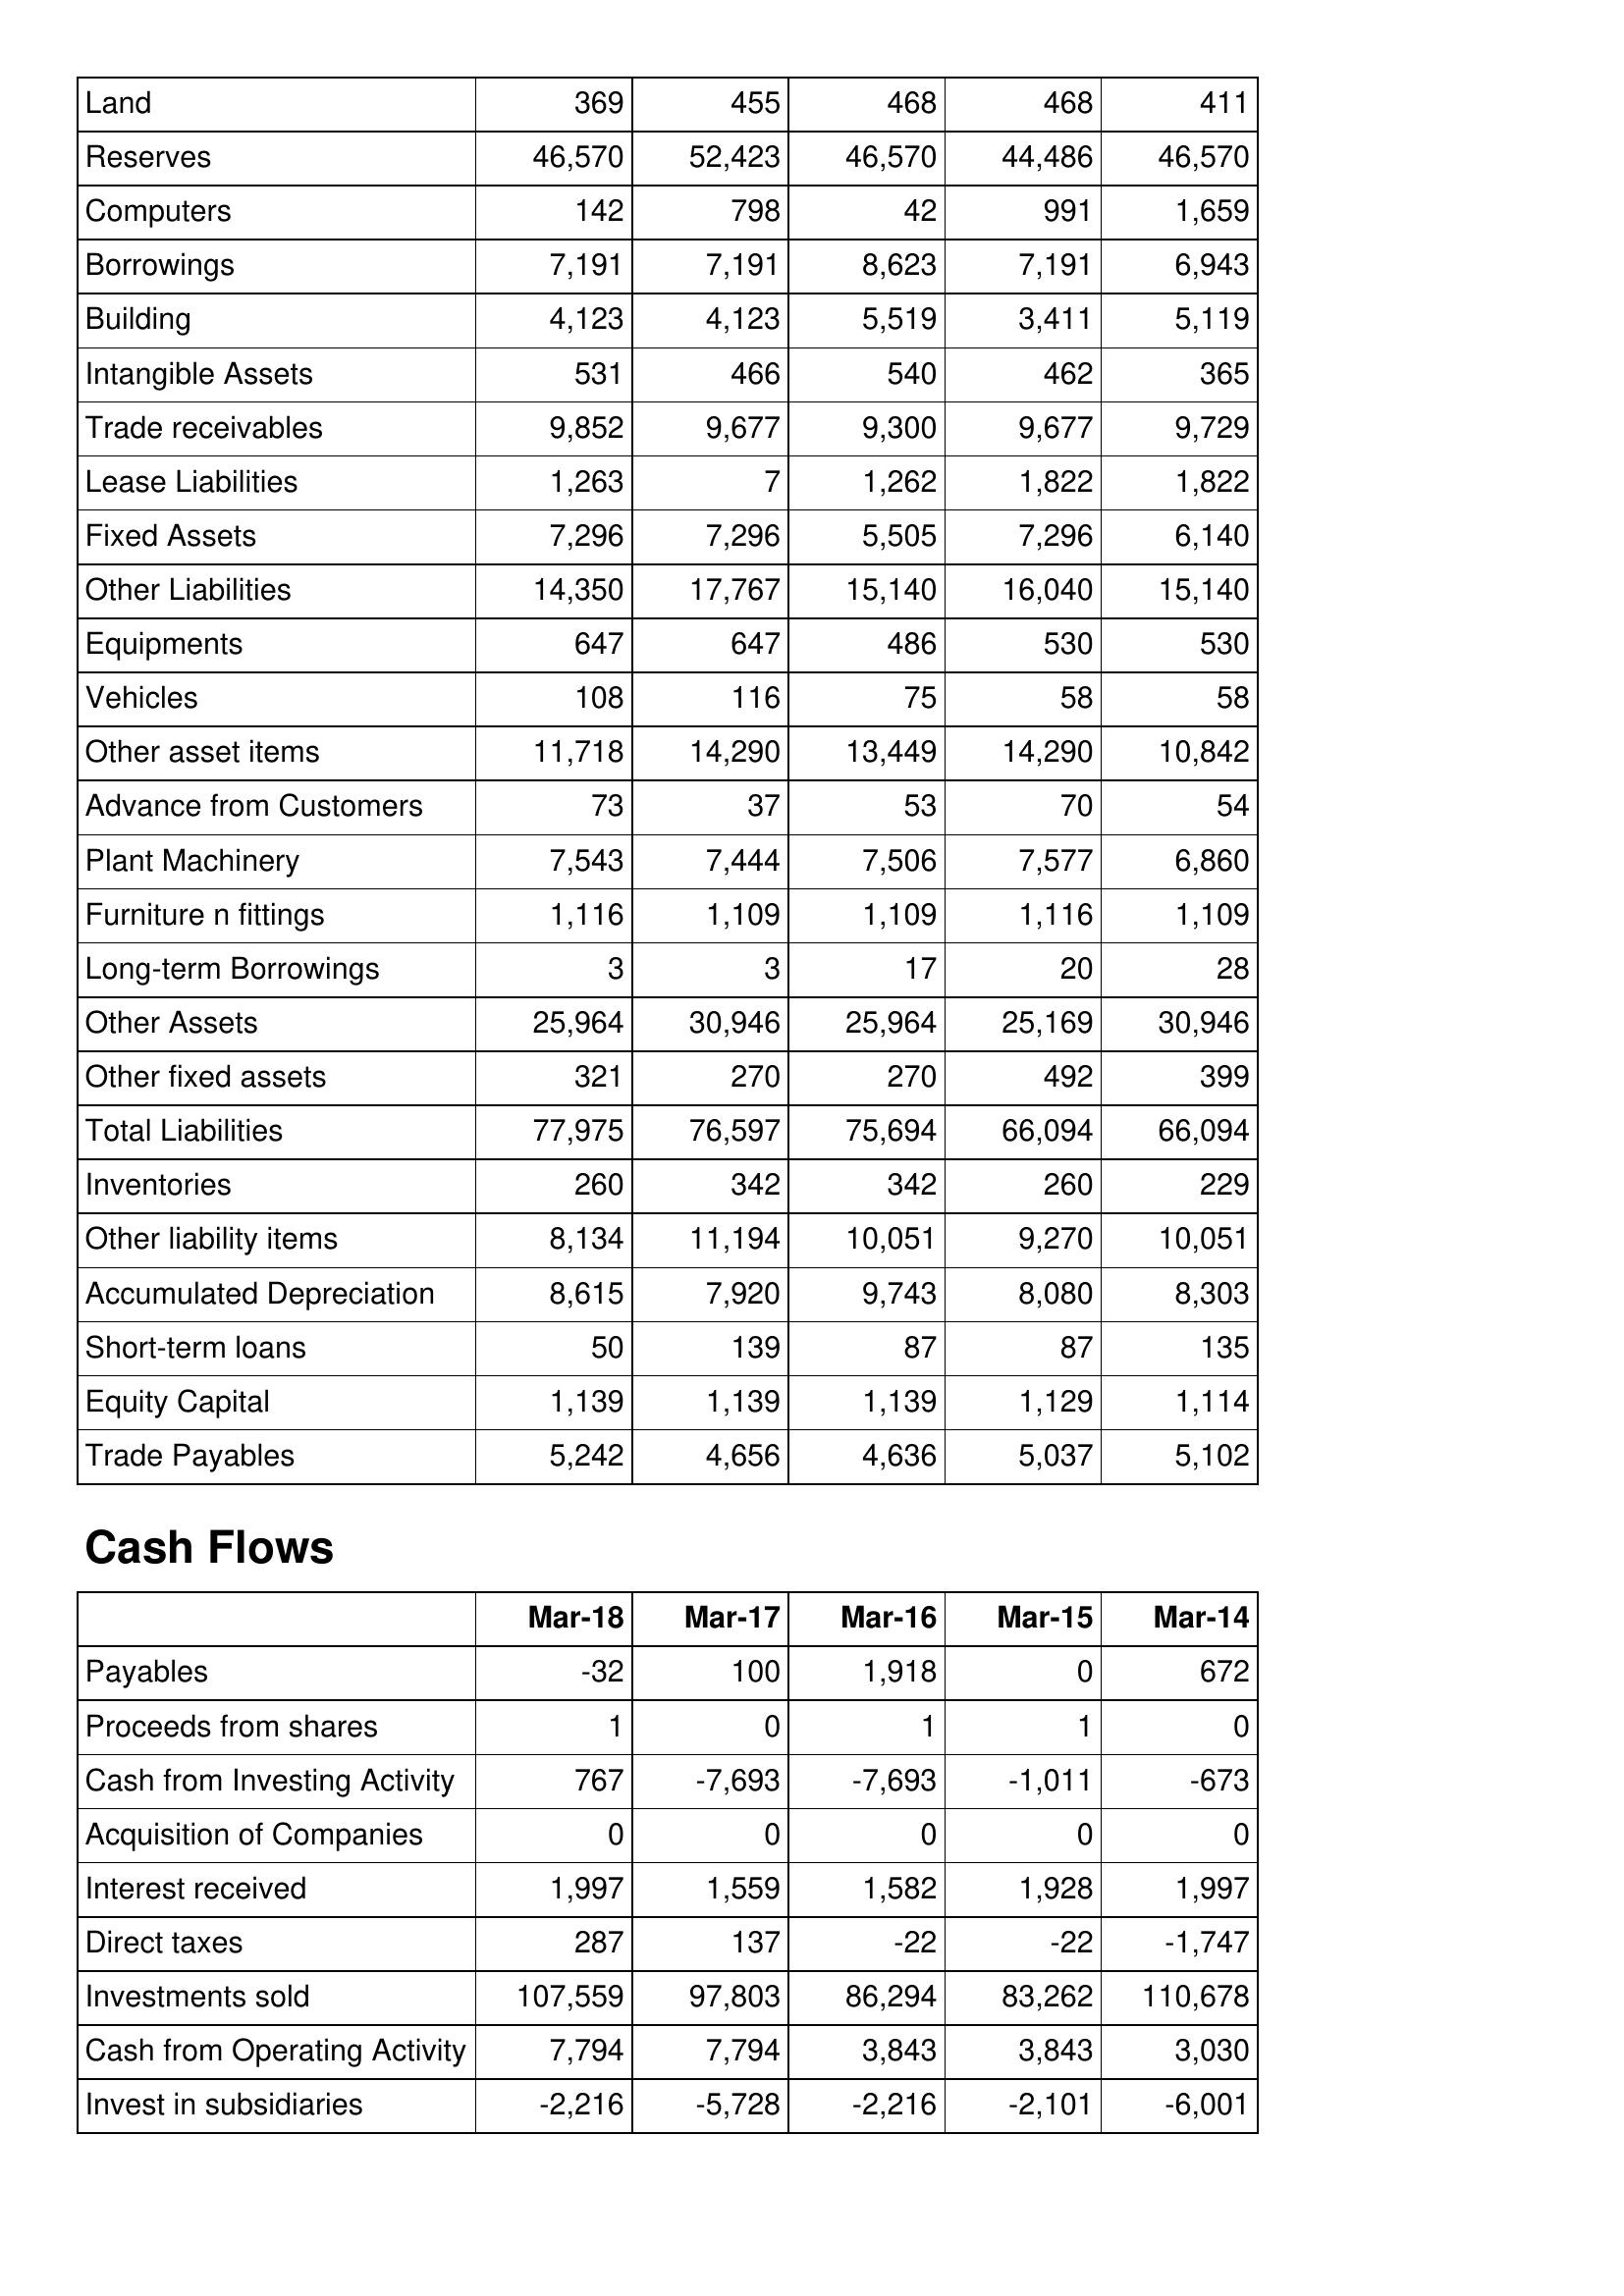
Mar-18: Balance Sheet: Land: 369
Reserves: 46,570
Computers: 142
Borrowings: 7,191
Building: 4,123
Intangible Assets: 531
Trade receivables: 9,852
Lease Liabilities: 1,263
Fixed Assets: 7,296
Other Liabilities: 14,350
Equipments: 647
Vehicles: 108
Other asset items: 11,718
Advance from Customers: 73
Plant Machinery: 7,543
Furniture n fittings: 1,116
Long-term Borrowings: 3
Other Assets: 25,964
Other fixed assets: 321
Total Liabilities: 77,975
Inventories: 260
Other liability items: 8,134
Accumulated Depreciation: 8,615
Short-term loans: 50
Equity Capital: 1,139
Trade Payables: 5,242
Cash Flows: Payables: -32
Proceeds from shares: 1
Cash from Investing Activity: 767
Acquisition of Companies: 0
Interest received: 1,997
Direct taxes: 287
Investments sold: 107,559
Cash from Operating Activity: 7,794
Invest in subsidiaries: -2,216
Mar-17: Balance Sheet: Land: 455
Reserves: 52,423
Computers: 798
Borrowings: 7,191
Building: 4,123
Intangible Assets: 466
Trade receivables: 9,677
Lease Liabilities: 7
Fixed Assets: 7,296
Other Liabilities: 17,767
Equipments: 647
Vehicles: 116
Other asset items: 14,290
Advance from Customers: 37
Plant Machinery: 7,444
Furniture n fittings: 1,109
Long-term Borrowings: 3
Other Assets: 30,946
Other fixed assets: 270
Total Liabilities: 76,597
Inventories: 342
Other liability items: 11,194
Accumulated Depreciation: 7,920
Short-term loans: 139
Equity Capital: 1,139
Trade Payables: 4,656
Cash Flows: Payables: 100
Proceeds from shares: 0
Cash from Investing Activity: -7,693
Acquisition of Companies: 0
Interest received: 1,559
Direct taxes: 137
Investments sold: 97,803
Cash from Operating Activity: 7,794
Invest in subsidiaries: -5,728
Mar-16: Balance Sheet: Land: 468
Reserves: 46,570
Computers: 42
Borrowings: 8,623
Building: 5,519
Intangible Assets: 540
Trade receivables: 9,300
Lease Liabilities: 1,262
Fixed Assets: 5,505
Other Liabilities: 15,140
Equipments: 486
Vehicles: 75
Other asset items: 13,449
Advance from Customers: 53
Plant Machinery: 7,506
Furniture n fittings: 1,109
Long-term Borrowings: 17
Other Assets: 25,964
Other fixed assets: 270
Total Liabilities: 75,694
Inventories: 342
Other liability items: 10,051
Accumulated Depreciation: 9,743
Short-term loans: 87
Equity Capital: 1,139
Trade Payables: 4,636
Cash Flows: Payables: 1,918
Proceeds from shares: 1
Cash from Investing Activity: -7,693
Acquisition of Companies: 0
Interest received: 1,582
Direct taxes: -22
Investments sold: 86,294
Cash from Operating Activity: 3,843
Invest in subsidiaries: -2,216
Mar-15: Balance Sheet: Land: 468
Reserves: 44,486
Computers: 991
Borrowings: 7,191
Building: 3,411
Intangible Assets: 462
Trade receivables: 9,677
Lease Liabilities: 1,822
Fixed Assets: 7,296
Other Liabilities: 16,040
Equipments: 530
Vehicles: 58
Other asset items: 14,290
Advance from Customers: 70
Plant Machinery: 7,577
Furniture n fittings: 1,116
Long-term Borrowings: 20
Other Assets: 25,169
Other fixed assets: 492
Total Liabilities: 66,094
Inventories: 260
Other liability items: 9,270
Accumulated Depreciation: 8,080
Short-term loans: 87
Equity Capital: 1,129
Trade Payables: 5,037
Cash Flows: Payables: 0
Proceeds from shares: 1
Cash from Investing Activity: -1,011
Acquisition of Companies: 0
Interest received: 1,928
Direct taxes: -22
Investments sold: 83,262
Cash from Operating Activity: 3,843
Invest in subsidiaries: -2,101
Mar-14: Balance Sheet: Land: 411
Reserves: 46,570
Computers: 1,659
Borrowings: 6,943
Building: 5,119
Intangible Assets: 365
Trade receivables: 9,729
Lease Liabilities: 1,822
Fixed Assets: 6,140
Other Liabilities: 15,140
Equipments: 530
Vehicles: 58
Other asset items: 10,842
Advance from Customers: 54
Plant Machinery: 6,860
Furniture n fittings: 1,109
Long-term Borrowings: 28
Other Assets: 30,946
Other fixed assets: 399
Total Liabilities: 66,094
Inventories: 229
Other liability items: 10,051
Accumulated Depreciation: 8,303
Short-term loans: 135
Equity Capital: 1,114
Trade Payables: 5,102
Cash Flows: Payables: 672
Proceeds from shares: 0
Cash from Investing Activity: -673
Acquisition of Companies: 0
Interest received: 1,997
Direct taxes: -1,747
Investments sold: 110,678
Cash from Operating Activity: 3,030
Invest in subsidiaries: -6,001